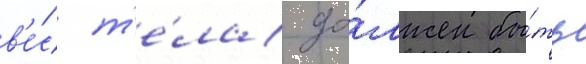
в'е́с т'е́ла до́лжен бы́ть